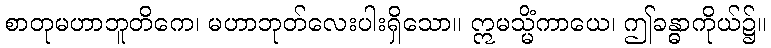
စာတုမဟာဘူတိကေ၊ မဟာဘုတ်လေးပါးရှိသော။ ဣမသ္မိံကာယေ၊ ဤခန္ဓာကိုယ်၌။